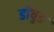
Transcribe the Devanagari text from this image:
डॉवुड